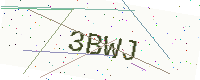
Text: 3BWJ